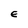
Character: E